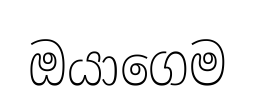
ඔයාගෙම